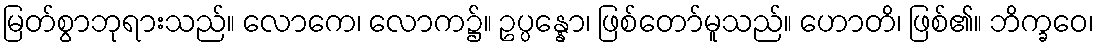
မြတ်စွာဘုရားသည်။ လောကေ၊ လောက၌။ ဥပ္ပန္နော၊ ဖြစ်တော်မူသည်။ ဟောတိ၊ ဖြစ်၏။ ဘိက္ခဝေ၊